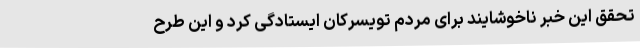
تحقق این خبر ناخوشایند برای مردم تویسرکان ایستادگی کرد و این طرح